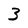
Character: 3